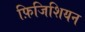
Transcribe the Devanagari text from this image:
फ़िजिशियन